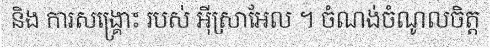
និង ការសង្គ្រោះ របស់ អ៊ីស្រាអែល ។ ចំណង់ចំណូលចិត្ត